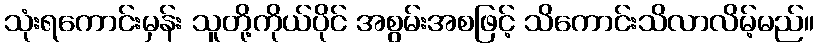
သုံးရကောင်းမှန်း သူတို့ကိုယ်ပိုင် အစွမ်းအစဖြင့် သိကောင်းသိလာလိမ့်မည်။